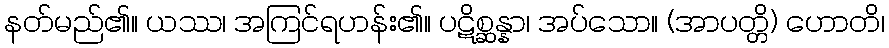
နတ်မည်၏။ ယဿ၊ အကြင်ရဟန်း၏။ ပဋိစ္ဆန္နာ၊ အပ်သော။ (အာပတ္တိ) ဟောတိ၊